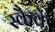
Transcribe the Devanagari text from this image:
स्कैवे